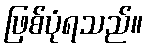
ဖြစ်ပုံရသည်။